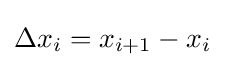
\Delta x_{i}=x_{i+1}-x_{i}